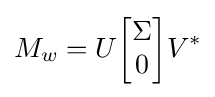
M_{w}=U{\begin{bmatrix}\Sigma \\0\end{bmatrix}}V^{*}